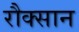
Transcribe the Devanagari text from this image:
रौक्सान